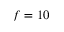
f = 1 0